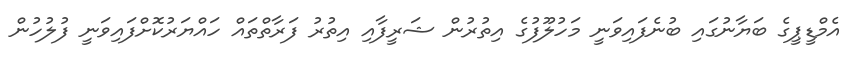
އެމްޑީޕީގެ ބަޔާނުގައި ބުނެފައިވަނީ މަހުލޫފުގެ އިތުރުން ޝަރީފާއި އިތުރު ފަރާތްތައް ހައްޔަރުކޮށްފައިވަނީ ފުލުހުން